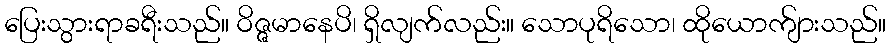
ပြေးသွားရာခရီးသည်။ ဝိဇ္ဇမာနေပိ၊ ရှိလျက်လည်း။ သောပုရိသော၊ ထိုယောက်ျားသည်။